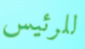
للرئيس